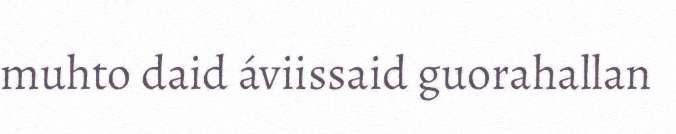
muhto daid áviissaid guorahallan